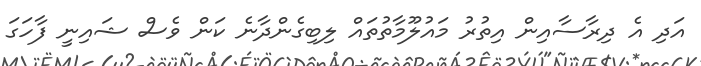
އަދި އެ ދިރާސާއިން އިތުރު މައުލޫމާތުތައް ލިބިގެންދާނެ ކަން ވެސް ޝައިނީ ފާހަގަ